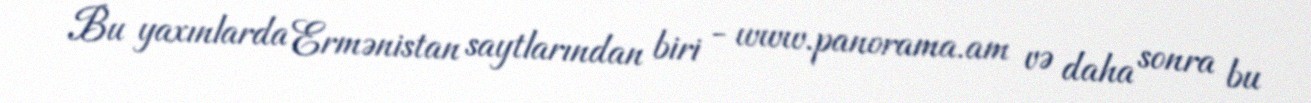
Bu yaxınlarda Ermənistan saytlarından biri - www.panorama.am və daha sonra bu